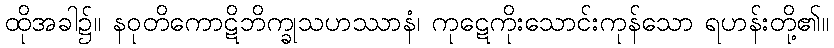
ထိုအခါ၌။ နဝုတိကောဋိဘိက္ခုသဟဿာနံ၊ ကုဋေကိုးသောင်းကုန်သော ရဟန်းတို့၏။